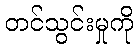
တင်သွင်းမှုကို